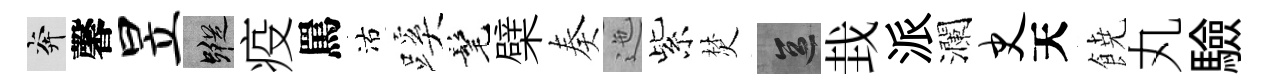
奔馨昱蹤疫罵沽蹊髦檗奏迤紫焚區㘽派瀾史天𩜙丸驗